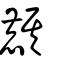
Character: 麒